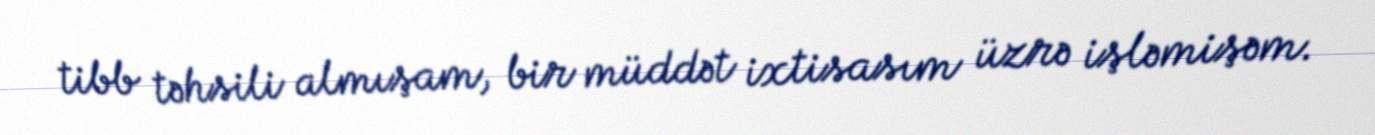
tibb təhsili almışam, bir müddət ixtisasım üzrə işləmişəm.